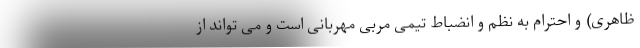
ظاهری) و احترام به نظم و انضباط تیمی مربی مهربانی است و می تواند از